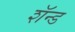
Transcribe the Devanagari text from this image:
शॅन्ड